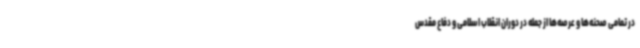
در تمامی صحنه‌ها و عرصه‌ها از جمله در دوران انقلاب اسلامی و دفاع مقدس